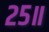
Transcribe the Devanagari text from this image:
२५॥